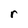
Character: r